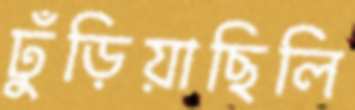
ঢুঁড়িয়াছিলি